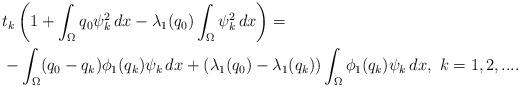
LaTeX: \begin{align*}&t_k\left(1+ \int_\Omega q_0\psi_k^2\,dx-\lambda_1(q_0)\int_\Omega \psi_k^2\,dx\right) =\\&-\int_\Omega(q_0-q_k)\phi_1(q_k)\psi_k\,dx+(\lambda_1(q_0)-\lambda_1(q_k))\int_\Omega \phi_1(q_k)\psi_k\,dx,\,\, k=1,2,....\end{align*}